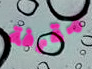
مقرفة